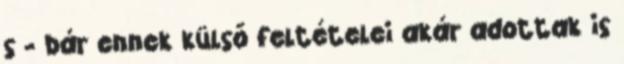
s - bár ennek külső feltételei akár adottak is